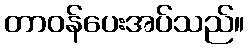
တာဝန်ပေးအပ်သည်။